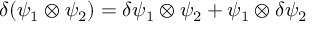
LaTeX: \delta ( \psi _ { 1 } \otimes \psi _ { 2 } ) = \delta \psi _ { 1 } \otimes \psi _ { 2 } + \psi _ { 1 } \otimes \delta \psi _ { 2 }